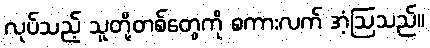
လုပ်သည့် သူတို့တစ်တွေကို စကားလက် အံ့ဩသည်။